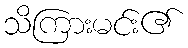
သိကြားမင်း၏